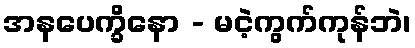
အနပေက္ခိနော - မငဲ့ကွက်ကုန်ဘဲ၊